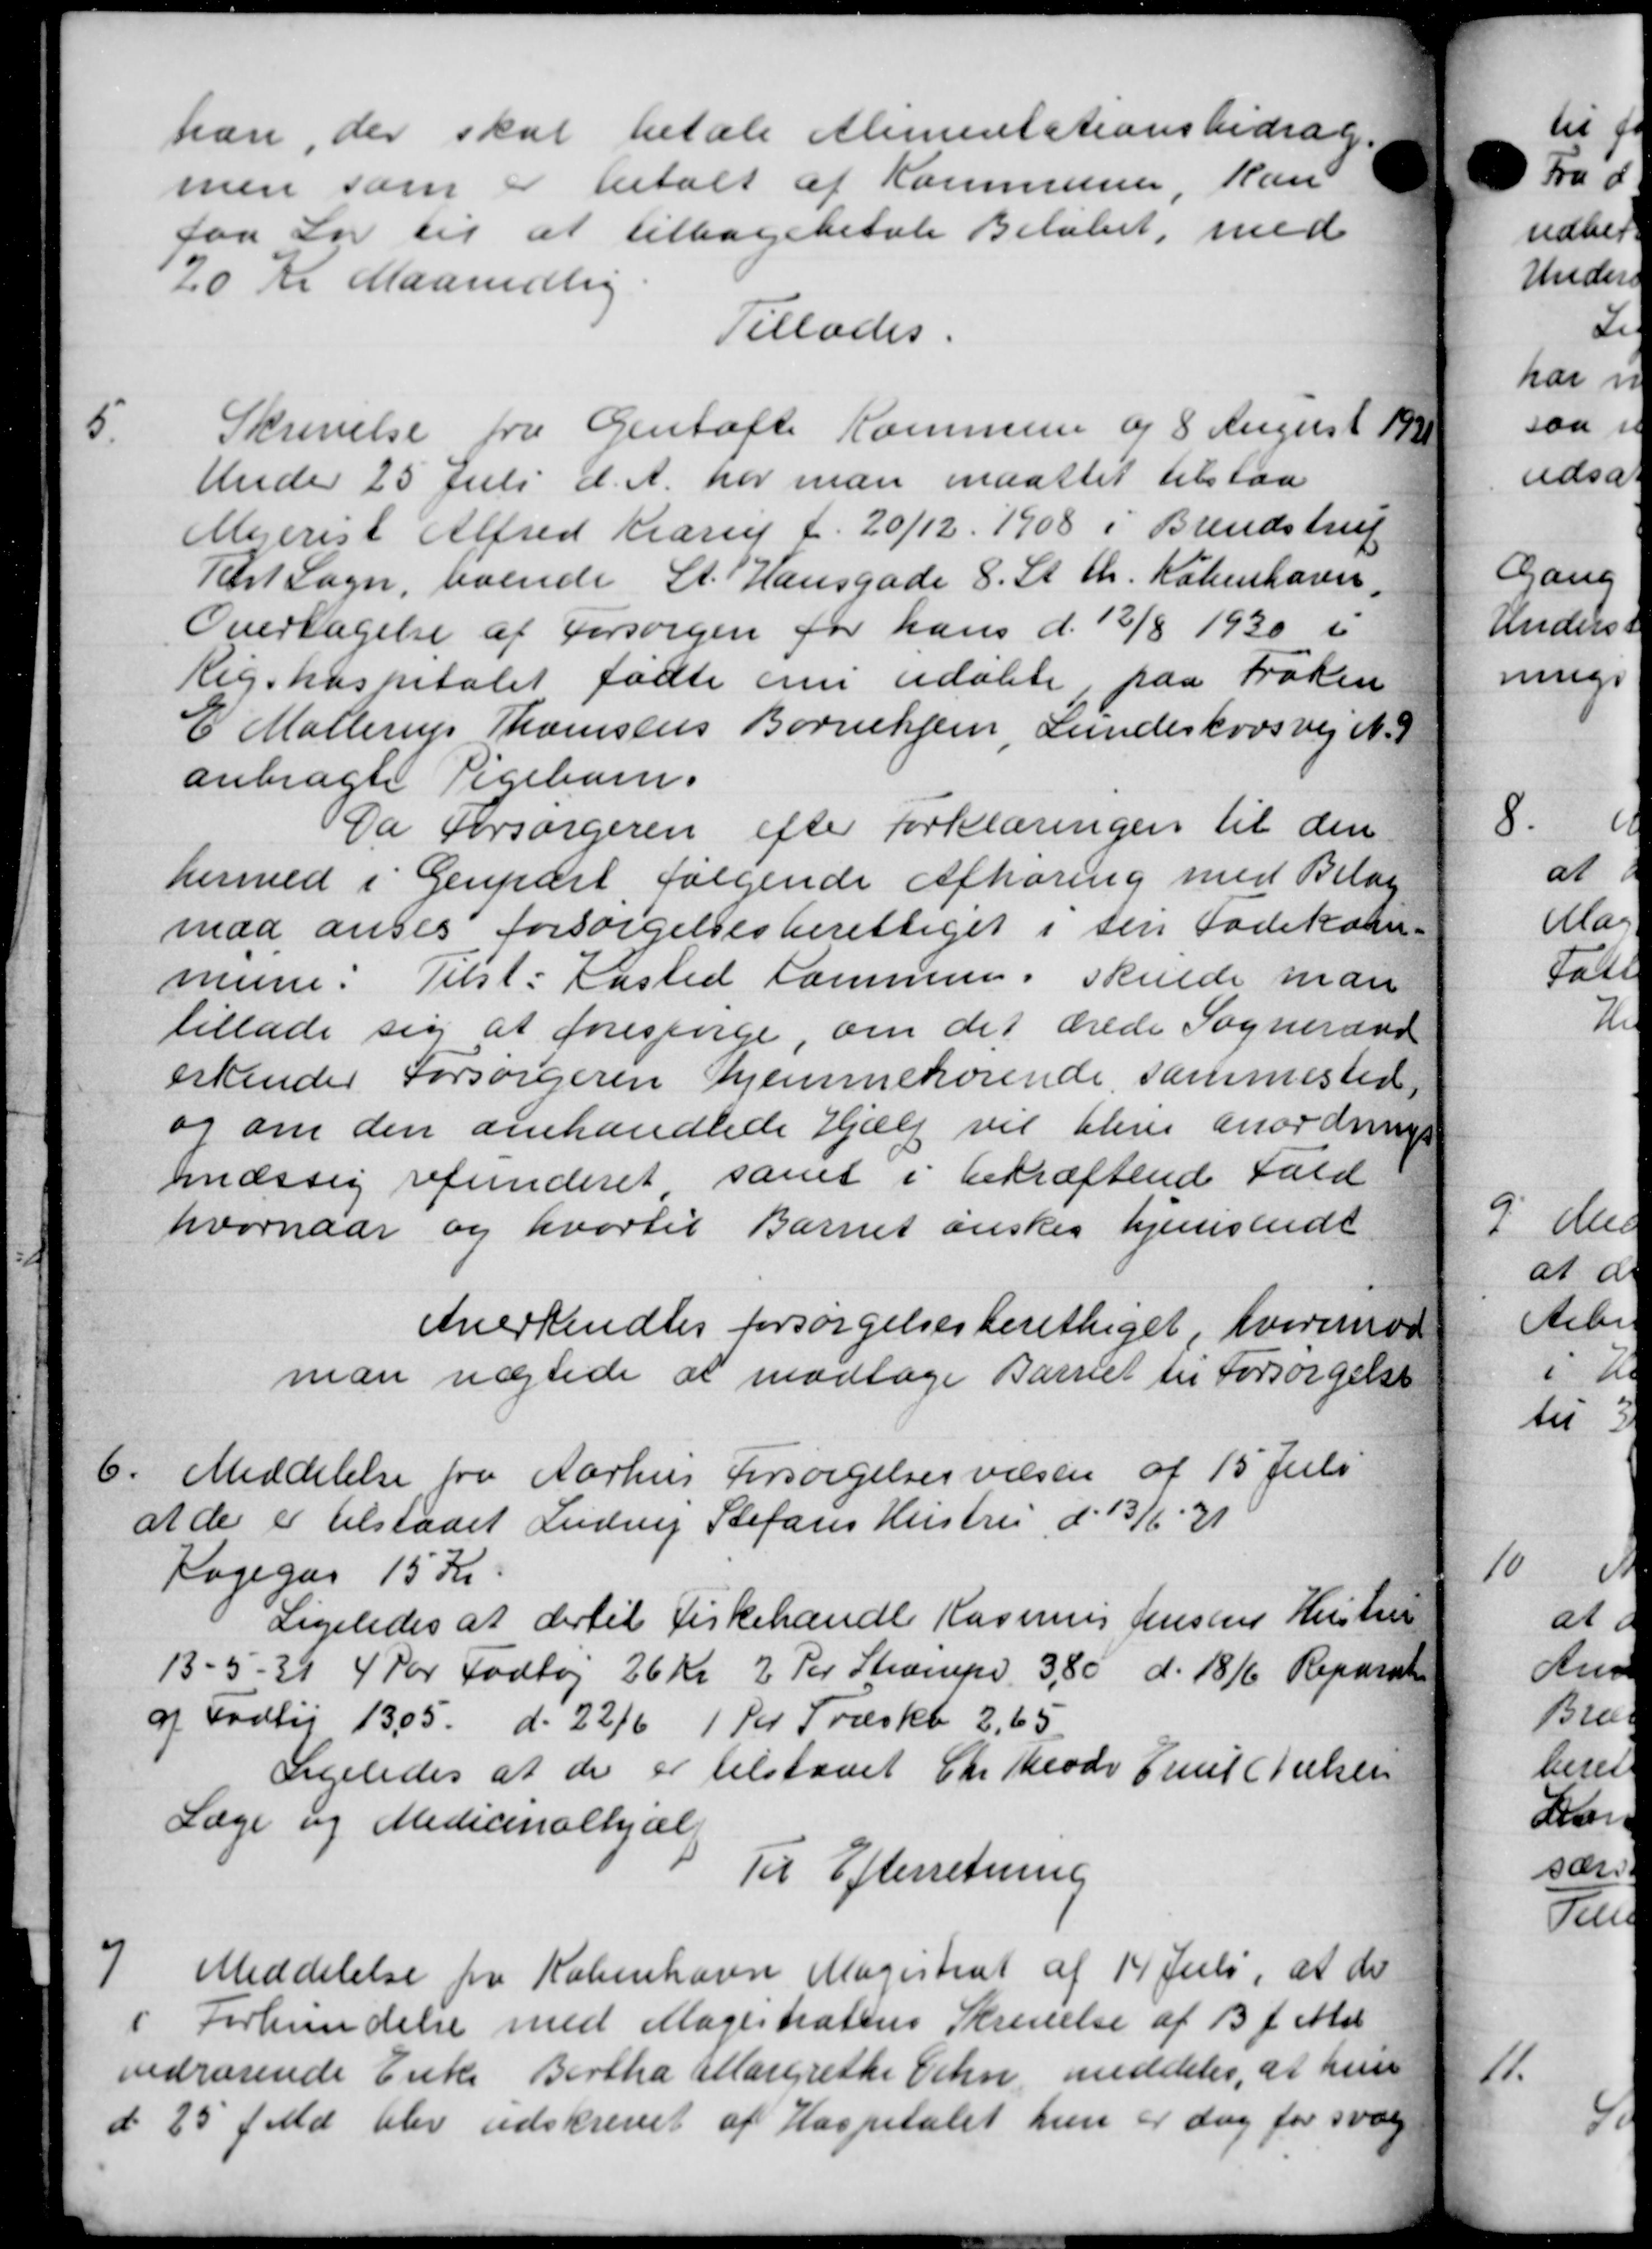
Transskription:
han, der skal betale Alimentationsbidrag.
men som er betalt af Kommunen, kan
faa Lov til at tilbagebetale Beløbet, med
20 Kr Maanedlig
Tillades.
5
Skrivelse fra Gentofte Kommune og 8 August 1
Under 25 Juli d. A. har man maattet tilstaa
Mejerist Alfred Krarup f. 20/12 1908 i Brendstrup
Tært Sogn, boende St. Hansgade 8. St. Chr. København,
Overtagelse af Forsørgen for hans d. 12/8 1930 i
Rigshospitalet fødte en udøbte, paa Frøken
E Møllerup Thomsens Børnehjem, Lundeskovsvej N. 1
anbragte Pigebarn.
Da Forsørgeren efter forklæringen til den
hermed i Genpart, følgende Afhøring med Bilag
maa anses forsørgelsesberettiget i sin Fødekom-
mune. Tilst. Kasted Sammen, skulde man
tillade sig at forespørge, om det ærede Sogneraad
erkender Forsørgeren hjemmehørende, sammested,
og om den omhandlede Hjælp vil blive anordrin
mæssig refunderet samt i bekræftende Fald
hvornaar og hvortil Barnet ønskes hjemsendt
Anerkendtes forsørgelsesberettiget, hvorimod
man nægtede at modtage Barnet til Forsørgelse

Meddelelse fra Aarhus Forsørgelsesvæsen af 15 Juli
at de er tilstaaet Ludvig Stefans Hustru d. 13/6 - 31
Kogegas 15 Kr.
Ligeledes at dertil Kirkehandle Rasmus Jensens Hustru
13 - 5 - 39 4 Par Fodtøj 26 Kr. 2 Per Stræmpe 3,80 d. 18/6 Reparat
af Fodtøj 13,05 d. 22/6 1 Per Træskb 2,65
Ligeledes at der er tilstaaet Chr Teode Juul Nielsen
Læge og Medicinalhjælp
Til Efterretning

Meddelelse fra København Magistrat af 14 Juli, at de
i Forhandelse med Magistratens Skrivelse af 13 f. Md.
vedrørende Enke Bertha Margrethe Oehn meddeler, at hun
d 25 f. Md. blev udskrevet af Hospitalet hun er de